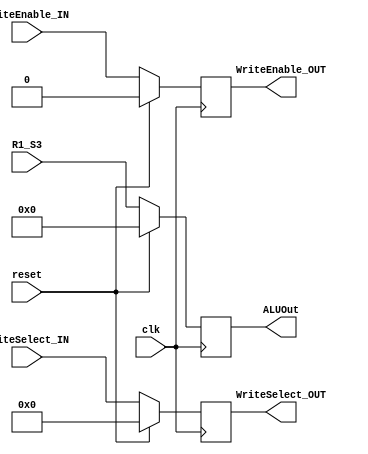
`timescale 1ns / 1ps
//////////////////////////////////////////////////////////////////////////////////
// Company: 
// Engineer: 
// 
// Design Name: 
// Module Name:    Stage3 
// Project Name: 
// Target Devices: 
// Tool versions: 
// Description: 
//
// Dependencies: 
//
// Revision: 
// Revision 0.01 - File Created
// Additional Comments: 
//
//////////////////////////////////////////////////////////////////////////////////
module Stage3(clk,reset,R1_S3,WriteSelect_IN,WriteEnable_IN,ALUOut,WriteSelect_OUT,WriteEnable_OUT);


input clk,reset;
input [31:0]R1_S3;
input [4:0]WriteSelect_IN;
input WriteEnable_IN;

output reg [31:0]ALUOut;
output reg [4:0]WriteSelect_OUT;
output reg WriteEnable_OUT;

always @ (posedge clk)
	begin
	if(reset)
		begin
			ALUOut <= 0;
			WriteSelect_OUT <= 0;
			WriteEnable_OUT <= 0;
		end
	else
		begin
			ALUOut <= R1_S3;
			WriteSelect_OUT <= WriteSelect_IN;
			WriteEnable_OUT <= WriteEnable_IN;
		end
	end

endmodule